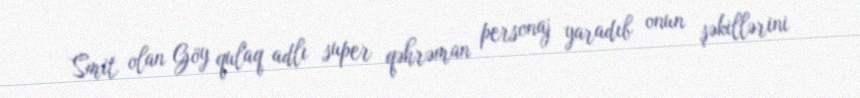
Smit olan Göy qulaq adlı super qəhrəman personaj yaradıb onun şəkillərini